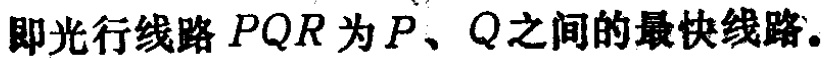
即光行线路 \(PQR\) 为 \(P\)、\(Q\) 之间的最快线路。